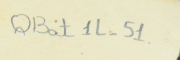
QBat1L-51